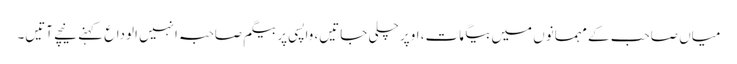
میاں صاحب کے مہمانوں میں بیگمات، اوپر چلی جاتیں، واپسی پر بیگم صاحبہ انہیں الوداع کہنے نیچے آتیں۔